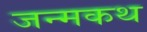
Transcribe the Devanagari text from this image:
जन्मकथ